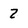
Character: 2